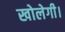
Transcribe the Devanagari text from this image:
खोलेगी।